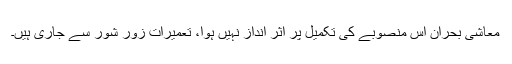
معاشی بحران اس منصوبے کی تکمیل پر اثر انداز نہیں ہوا، تعمیرات زور شور سے جاری ہیں۔